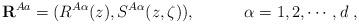
LaTeX: \begin{align*}{\bf R}^{Aa} = (R^{A\alpha}(z), S^{A\alpha}(z,\zeta) ), \quad \quad \quad\alpha = 1,2,\cdots,d\ ,\end{align*}